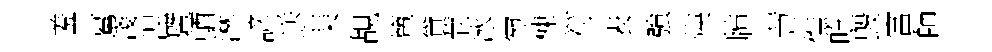
羞驀淺涅暨輶淋諺送琹覘簞貸茕冰宛棟符表強煐牘慧憮吃毀富師